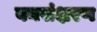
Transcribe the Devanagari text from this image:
वनसंक्षरण